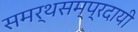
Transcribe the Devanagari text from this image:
समर्थसम्प्रदायी